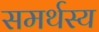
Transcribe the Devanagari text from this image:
समर्थस्य